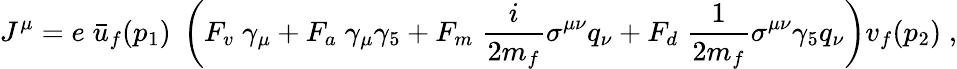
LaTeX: J^{\mu}=e\; \bar{u}_{f}(p_{1})\; \left(F_{v}\; \gamma_{\mu}+F_{a}\; \gamma_{\mu}\gamma_{5}+F_{m}\; \frac{i}{2m_{f}}\sigma^{\mu\nu}q_{\nu}+F_{d}\; \frac{1}{2m_{f}}\sigma^{\mu\nu}\gamma_{5}q_{\nu}\right)v_{f}(p_{2})\; ,